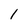
Character: 1